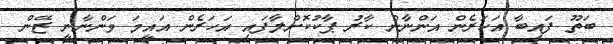
ބަތޫ ފައިބާ އަހަރެން އަންނާން ކާރު ޕާކުކޮށްލާފައި އަހަރެން އައީމަ ވަންނާނީ ޒޭން